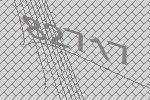
82717